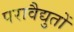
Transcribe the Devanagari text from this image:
परावैद्युतों